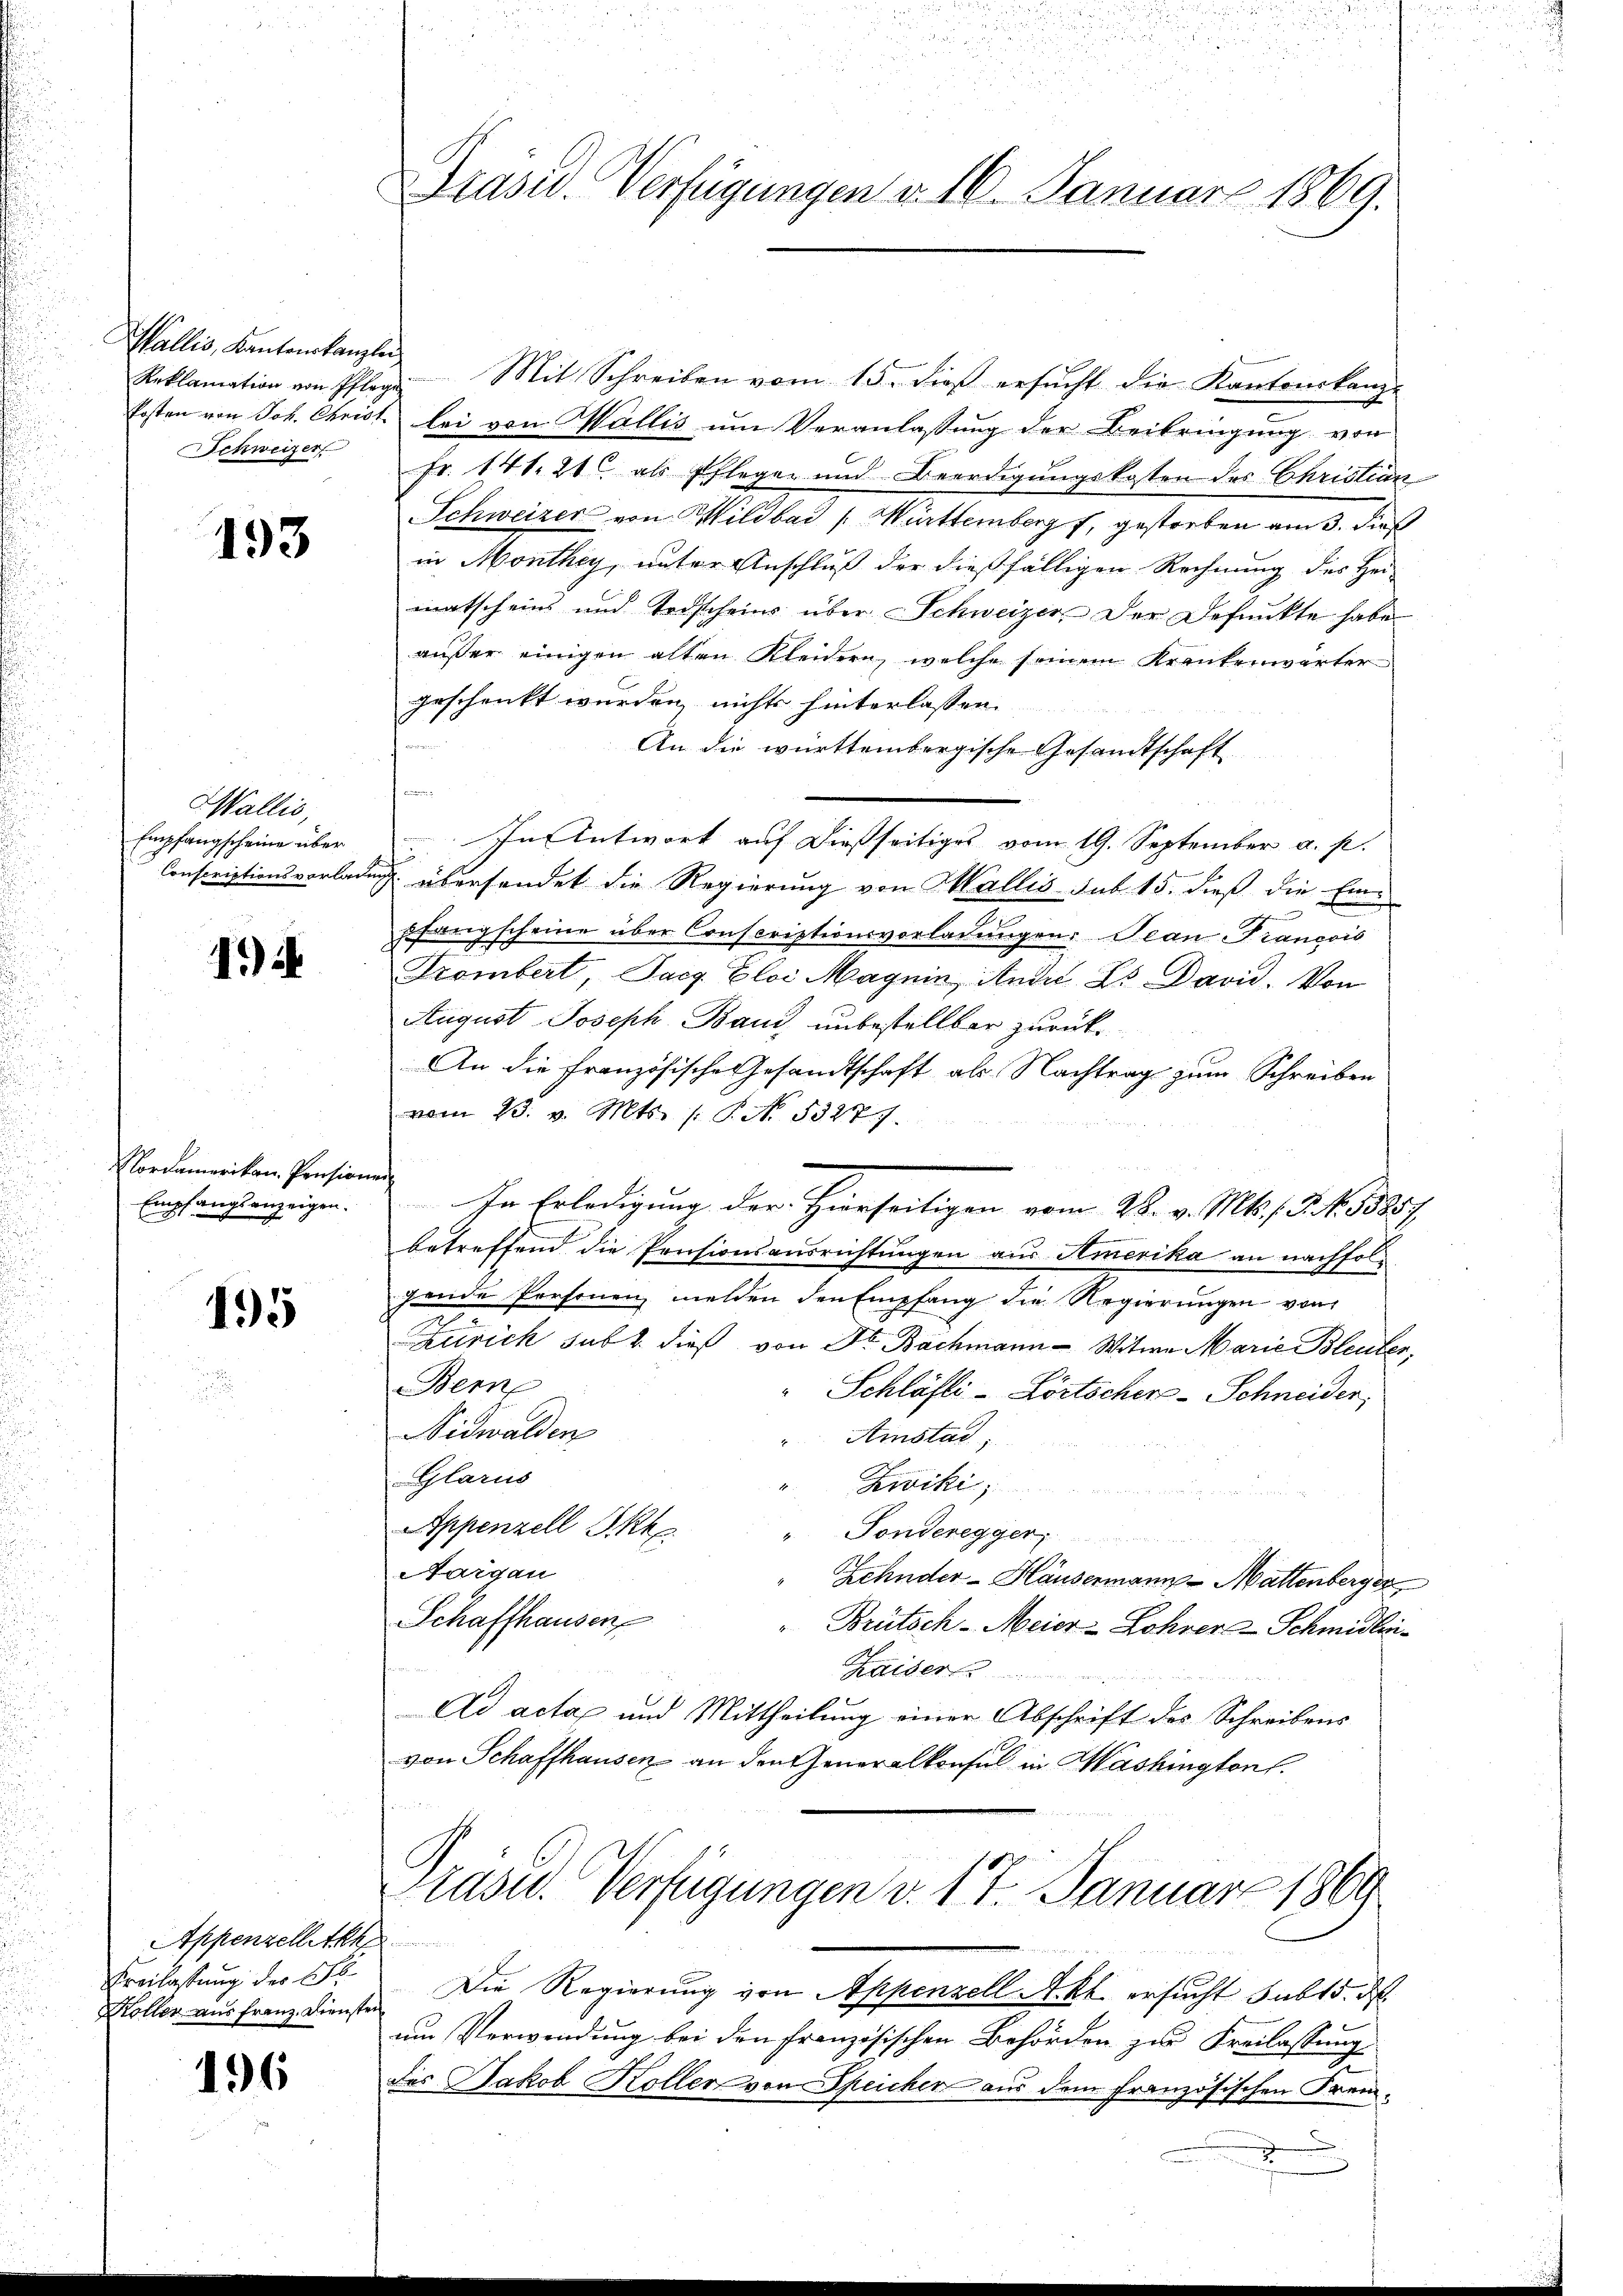
Wallis, Kantonskanzlei
Schweizer

193

Wallis,
Empfangscheine über

1)

Vordamerikon, Pensionen
Empfangsanzeigen.

195

Appenzellett
Freilassung der Schl
Köller aus Franz. Diensten

196

Präsid. Verfügungen v. 16. Januar 1869.

Reklamation von Pflege Mit Schreiben vom 15. dieß ersŭcht die Kantonskanz-
Ersten von Joh. Christ bei von Wallis um Veranlassung der Beibringung von
Fr. 141. 21 als Pflegen und Beerdigungskosten des Christian
Schweizer von Wildbad [Württemberg f, gestorben am 3. dies
in Monthey, unter Anschluß der dießfälligen Rechnung des Hei-
matscheins und Todscheins über Schweizer, der Defunkte habe
außer einigen alten Kleidern, welche seinem Krankenwärter
geschenkt wurden, nichts hinterlassen. |
An die württembergische Gesandtschaft
e
Conscriptionsvorladung übersendet die Regierung von Wallis sub 15. dieß die Einpfangscheine über Conscriptionsvorladungen: Jean Francois
Krombert, Sach Eloi Magnin, Andel Ls David. Von
August Joseph Band unbestellbar zurück¬
An die Französische Gesandtschaft als Nachtrag zum Schreiben
vom 23. v. Mts. 1. P. No. 53277.
In Erledigung der Hierseitigen vom 28. v. Mts. . . N. 1388,
betreffend die Preisionsausrichtungen aus Amerika an nachfolgende Personen melden den Empfang die Regierungen von
Zürich sub 2. dieß von Dr. Bachmann - Witwe Marie Bleuten,
Bern
" Schläfli-Lörtscher-Schneider,
Nidwalden
Amstad,
Glarus
Zwiki;
Appenzell Skk
"Tonderegger
Aargau
Zehnder - Häusermann - Mattenberger
Schaffhausen
Brütsch-Meier-Lohrer Schmidlin¬
Chaiser
Ad actax und Mittheilung einer Abschrift des Schreibens
von Schaffhausen an den Generalkonsul in Mashingtont.

In Antwort auf dießseitiges vom 19. September a. p.

Kasu. Verfügungen v. 17. Januar 1869

des Jakob Koller von Speicher aus dem französischen Frem¬
.

Die Regierung von Appenzell Akt ersucht sub 15. d
um Verwendung bei den Französischen Behörden zur Freilassung